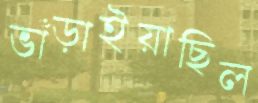
ভাঁড়াইয়াছিল